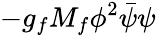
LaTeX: -g_{f}M_{f}\phi^{2}\bar{\psi}\psi